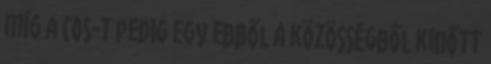
míg a COS-t pedig egy ebből a közösségből kinőtt